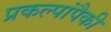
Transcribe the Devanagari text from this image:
प्रकल्पांपैकी